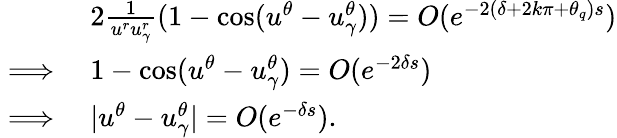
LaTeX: \begin{array}{rl}&{2\frac{1}{u^{r}u_{\gamma}^{r}}(1-\cos(u^{\theta}-u_{\gamma}^{\theta}))=O(e^{-2(\delta+2k\pi+\theta_{q})s})}\\ {\implies}&{1-\cos(u^{\theta}-u_{\gamma}^{\theta})=O(e^{-2\delta s})}\\ {\implies}&{|u^{\theta}-u_{\gamma}^{\theta}|=O(e^{-\delta s}).}\end{array}